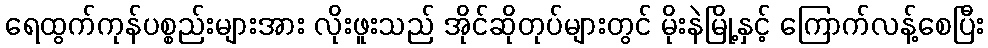
ရေထွက်ကုန်ပစ္စည်းများအား လိုးဖူးသည် အိုင်ဆိုတုပ်များတွင် မိုးနဲမြို့နှင့် ကြောက်လန့်စေပြီး